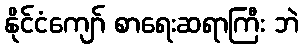
နိုင်ငံကျော် စာရေးဆရာကြီး ဘဲ